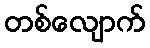
တစ်လျောက်